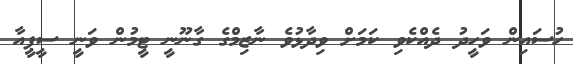
ހުސައިން ވަހީދު ދެއްކެވި ކަމަށް ވިދާޅުވެ ނާޒިމްގެ ގާނޫނީ ޓީމުން ވަނީ ސީޕީއާ